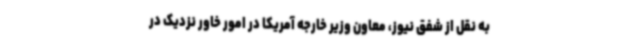
به نقل از شفق نیوز، معاون وزیر خارجه آمریکا در امور خاور نزدیک در